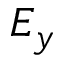
E _ { y }